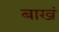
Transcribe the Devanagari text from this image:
बाखं